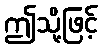
ဤသို့ဖြင့်